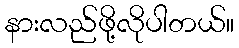
နားလည်ဖို့လိုပါတယ်။